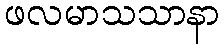
ဖလမာသသာနာ